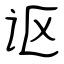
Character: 讴